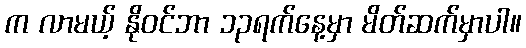
က လာမယ့် နိုဝင်ဘာ ၁၃ရက်နေ့မှာ မိတ်ဆက်မှာပါ။